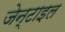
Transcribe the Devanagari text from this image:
जेन्टाइल